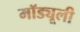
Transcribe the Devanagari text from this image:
मॉड्यूली